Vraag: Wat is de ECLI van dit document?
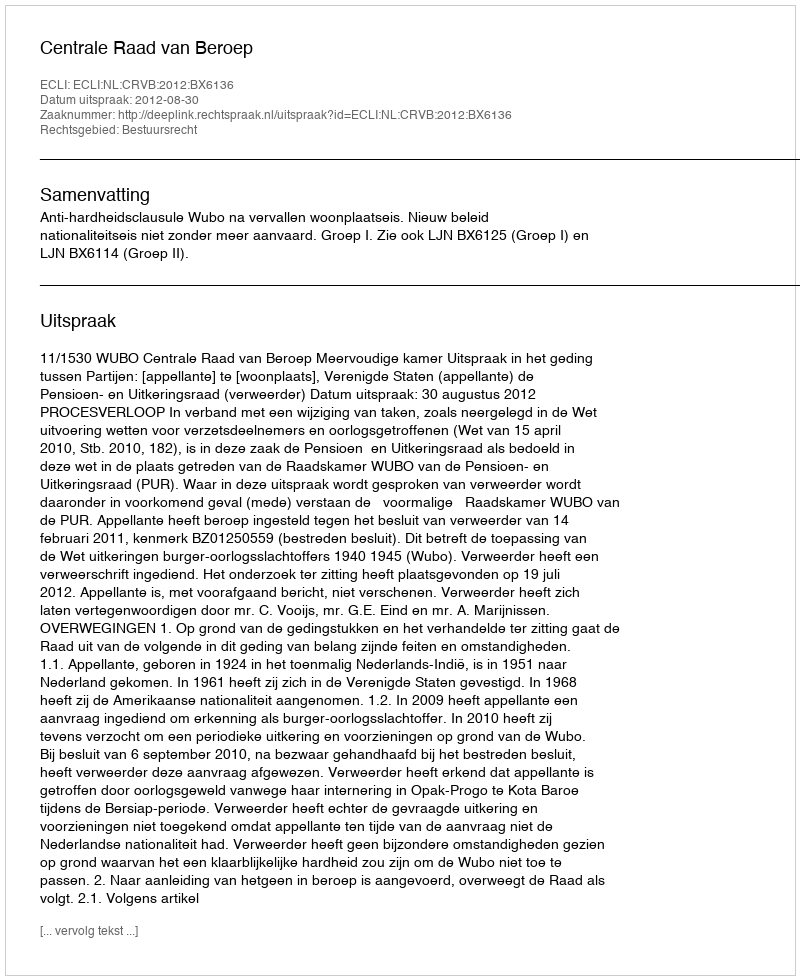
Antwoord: ECLI:NL:CRVB:2012:BX6136